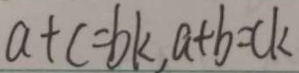
a + c = b k , a + b = c k